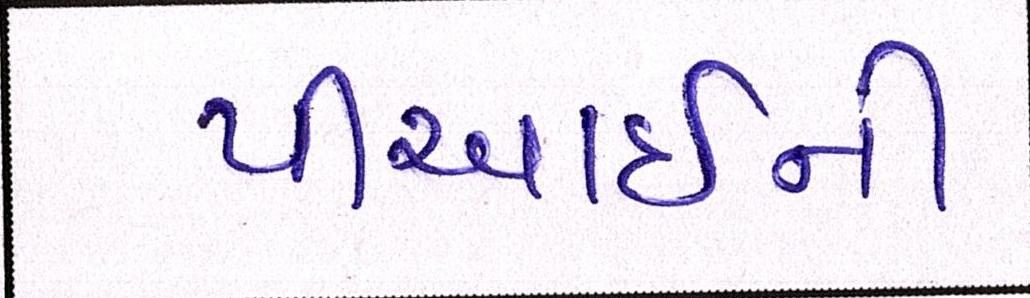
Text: પીઆઈની